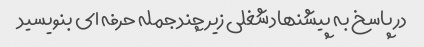
در پاسخ به پیشنهاد شغلی زیر چند جمله حرفه ای بنویسید